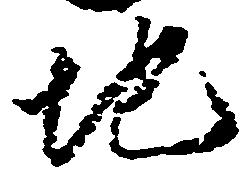
地